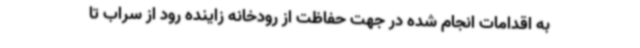
به اقدامات انجام شده در جهت حفاظت از رودخانه زاینده رود از سراب تا